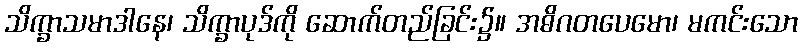
သိက္ခာသမာဒါနေ၊ သိက္ခာပုဒ်ကို ဆောက်တည်ခြင်း၌။ အဓိဂတပေမော၊ မကင်းသော